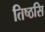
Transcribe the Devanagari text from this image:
तिष्ठसि